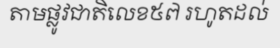
តាមផ្លូវជាតិលេខ៥៧ រហូតដល់